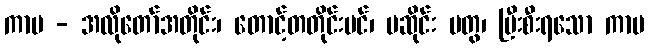
ကာမ - အလိုတော်အတိုင်း၊ တောင့်တတိုင်းပင်၊ မဆိုင်း မတွ၊ ပြီးစီးရသော ကာမ